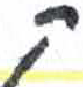
אות: ך